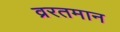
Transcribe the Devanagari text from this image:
व्ररतमान